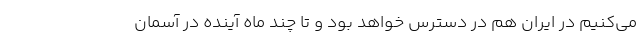
می‌کنیم در ایران هم در دسترس خواهد بود و تا چند ماه آینده در آسمان